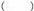
（ ）